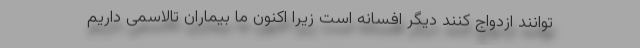
توانند ازدواج کنند دیگر افسانه است زیرا اکنون ما بیماران تالاسمی داریم